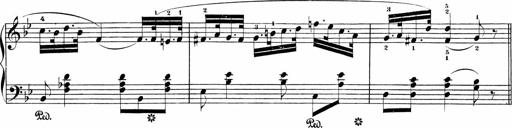
Title: Sonatinen Op.47, 98 und 136, nebst 6 Liedersonatinen
Composer: Carl Reinecke